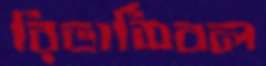
রিভার্সিবল